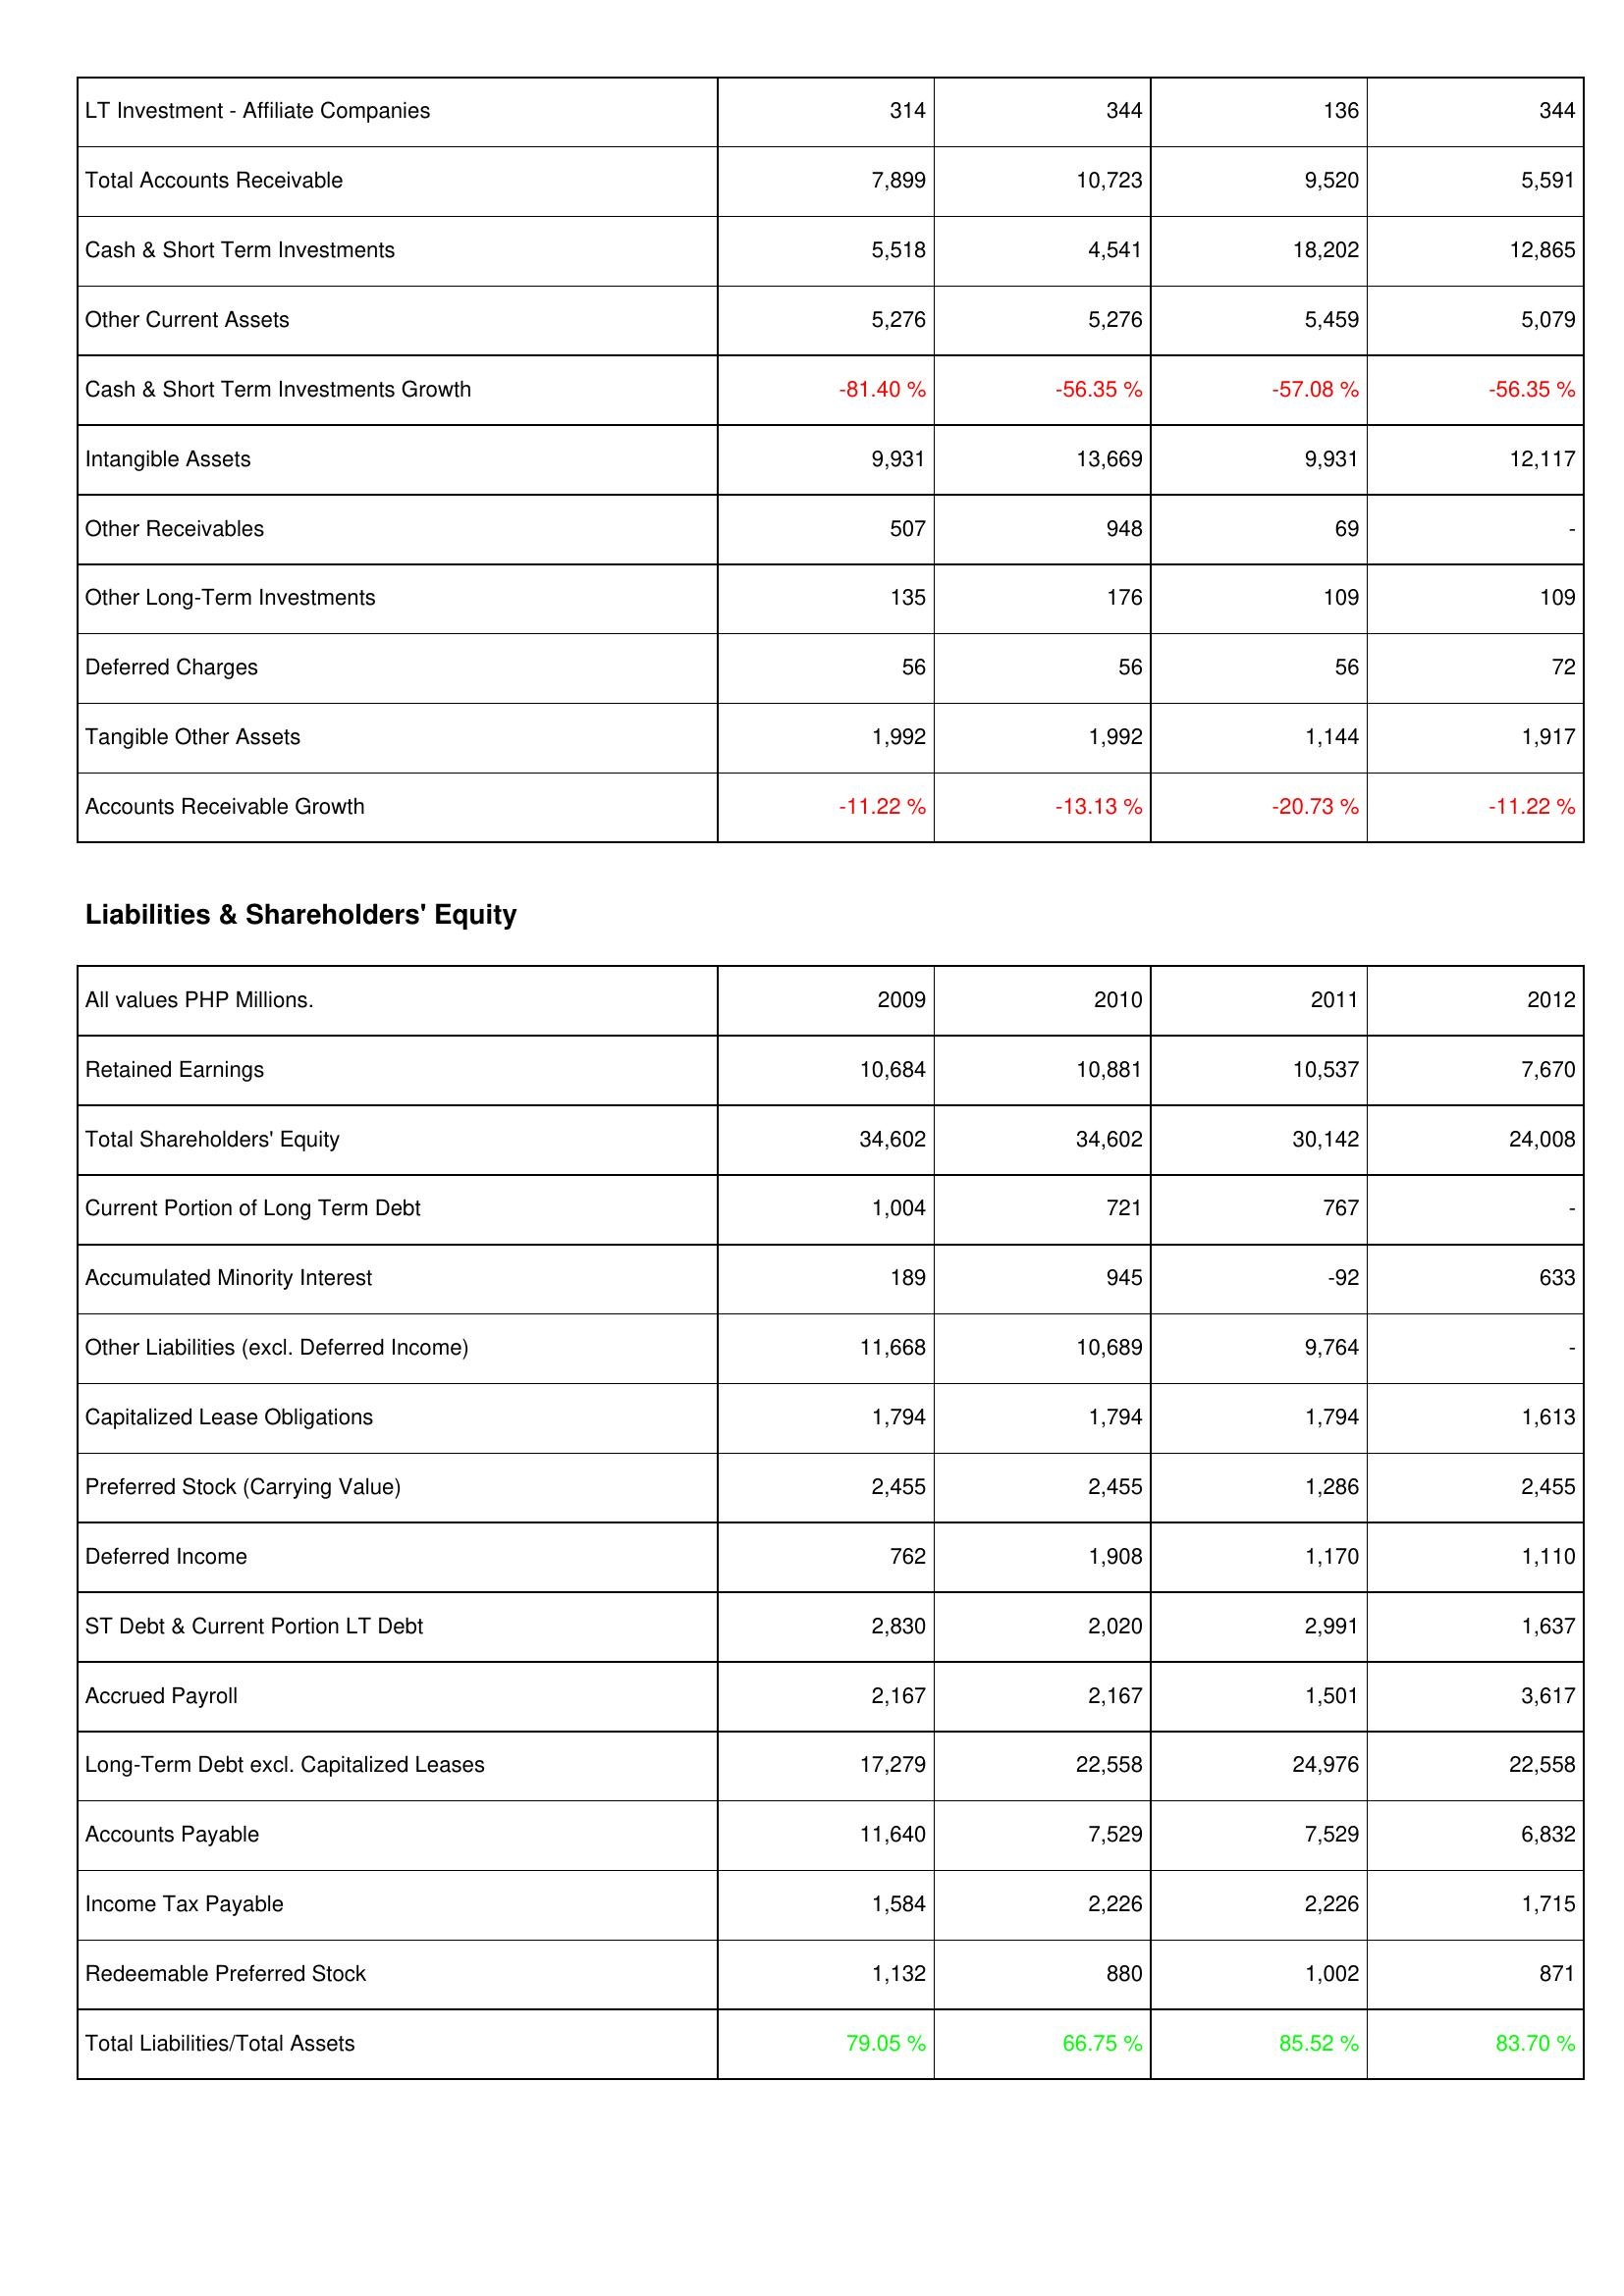
2009: Assets: LT Investment - Affiliate Companies: 314
Total Accounts Receivable: 7,899
Cash & Short Term Investments: 5,518
Other Current Assets: 5,276
Cash & Short Term Investments Growth: -81.40 %
Intangible Assets: 9,931
Other Receivables: 507
Other Long-Term Investments: 135
Deferred Charges: 56
Tangible Other Assets: 1,992
Accounts Receivable Growth: -11.22 %
Liabilities & Shareholders' Equity: Retained Earnings: 10,684
Total Shareholders' Equity: 34,602
Current Portion of Long Term Debt: 1,004
Accumulated Minority Interest: 189
Other Liabilities (excl. Deferred Income): 11,668
Capitalized Lease Obligations: 1,794
Preferred Stock (Carrying Value): 2,455
Deferred Income: 762
ST Debt & Current Portion LT Debt: 2,830
Accrued Payroll: 2,167
Long-Term Debt excl. Capitalized Leases: 17,279
Accounts Payable: 11,640
Income Tax Payable: 1,584
Redeemable Preferred Stock: 1,132
Total Liabilities/Total Assets: 79.05 %
2010: Assets: LT Investment - Affiliate Companies: 344
Total Accounts Receivable: 10,723
Cash & Short Term Investments: 4,541
Other Current Assets: 5,276
Cash & Short Term Investments Growth: -56.35 %
Intangible Assets: 13,669
Other Receivables: 948
Other Long-Term Investments: 176
Deferred Charges: 56
Tangible Other Assets: 1,992
Accounts Receivable Growth: -13.13 %
Liabilities & Shareholders' Equity: Retained Earnings: 10,881
Total Shareholders' Equity: 34,602
Current Portion of Long Term Debt: 721
Accumulated Minority Interest: 945
Other Liabilities (excl. Deferred Income): 10,689
Capitalized Lease Obligations: 1,794
Preferred Stock (Carrying Value): 2,455
Deferred Income: 1,908
ST Debt & Current Portion LT Debt: 2,020
Accrued Payroll: 2,167
Long-Term Debt excl. Capitalized Leases: 22,558
Accounts Payable: 7,529
Income Tax Payable: 2,226
Redeemable Preferred Stock: 880
Total Liabilities/Total Assets: 66.75 %
2011: Assets: LT Investment - Affiliate Companies: 136
Total Accounts Receivable: 9,520
Cash & Short Term Investments: 18,202
Other Current Assets: 5,459
Cash & Short Term Investments Growth: -57.08 %
Intangible Assets: 9,931
Other Receivables: 69
Other Long-Term Investments: 109
Deferred Charges: 56
Tangible Other Assets: 1,144
Accounts Receivable Growth: -20.73 %
Liabilities & Shareholders' Equity: Retained Earnings: 10,537
Total Shareholders' Equity: 30,142
Current Portion of Long Term Debt: 767
Accumulated Minority Interest: -92
Other Liabilities (excl. Deferred Income): 9,764
Capitalized Lease Obligations: 1,794
Preferred Stock (Carrying Value): 1,286
Deferred Income: 1,170
ST Debt & Current Portion LT Debt: 2,991
Accrued Payroll: 1,501
Long-Term Debt excl. Capitalized Leases: 24,976
Accounts Payable: 7,529
Income Tax Payable: 2,226
Redeemable Preferred Stock: 1,002
Total Liabilities/Total Assets: 85.52 %
2012: Assets: LT Investment - Affiliate Companies: 344
Total Accounts Receivable: 5,591
Cash & Short Term Investments: 12,865
Other Current Assets: 5,079
Cash & Short Term Investments Growth: -56.35 %
Intangible Assets: 12,117
Other Receivables: -
Other Long-Term Investments: 109
Deferred Charges: 72
Tangible Other Assets: 1,917
Accounts Receivable Growth: -11.22 %
Liabilities & Shareholders' Equity: Retained Earnings: 7,670
Total Shareholders' Equity: 24,008
Current Portion of Long Term Debt: -
Accumulated Minority Interest: 633
Other Liabilities (excl. Deferred Income): -
Capitalized Lease Obligations: 1,613
Preferred Stock (Carrying Value): 2,455
Deferred Income: 1,110
ST Debt & Current Portion LT Debt: 1,637
Accrued Payroll: 3,617
Long-Term Debt excl. Capitalized Leases: 22,558
Accounts Payable: 6,832
Income Tax Payable: 1,715
Redeemable Preferred Stock: 871
Total Liabilities/Total Assets: 83.70 %